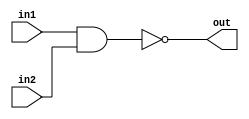
`timescale 1ns / 1ps

module NAND2(in1, in2, out);
    input in1, in2;
    output out;
    assign out = ~(in1 & in2);
endmodule